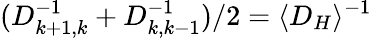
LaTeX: (D_{k+1,k}^{-1}+D_{k,k-1}^{-1})/2=\langle D_{H}\rangle^{-1}